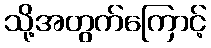
သို့အတွက်ကြောင့်